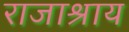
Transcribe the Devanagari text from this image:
राजाश्राय